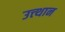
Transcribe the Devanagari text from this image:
उत्त्थान